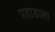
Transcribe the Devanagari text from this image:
पहाडाला